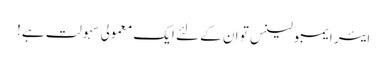
ایئر ایمبولینس تو ان کے لئے ایک معمولی سہولت ہے!